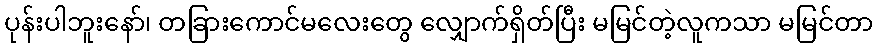
ပုန်းပါဘူးနော်၊ တခြားကောင်မလေးတွေ လျှောက်ရှိတ်ပြီး မမြင်တဲ့လူကသာ မမြင်တာ